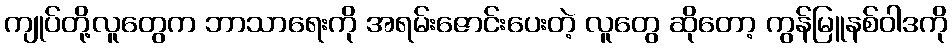
ကျုပ်တို့လူတွေက ဘာသာရေးကို အရမ်းဇောင်းပေးတဲ့ လူတွေ ဆိုတော့ ကွန်မြူနစ်ဝါဒကို